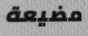
مضيعة